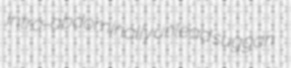
intra-abdominally unlead suggan